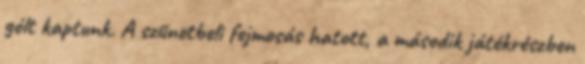
gólt kaptunk. A szünetbeli fejmosás hatott, a második játékrészben